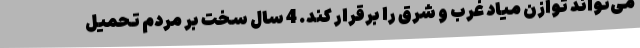
می‌تواند توازن میاد غرب و شرق را برقرار کند. 4 سال سخت بر مردم تحمیل